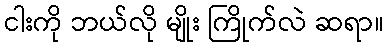
ငါးကို ဘယ်လို မျိုး ကြိုက်လဲ ဆရာ။